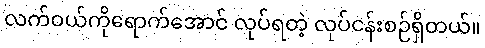
လက်ဝယ်ကိုရောက်အောင် လုပ်ရတဲ့ လုပ်ငန်းစဉ်ရှိတယ်။